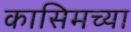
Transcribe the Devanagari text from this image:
कासिमच्या